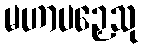
မဟာပဉှေသု